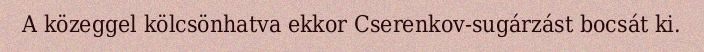
A közeggel kölcsönhatva ekkor Cserenkov-sugárzást bocsát ki.